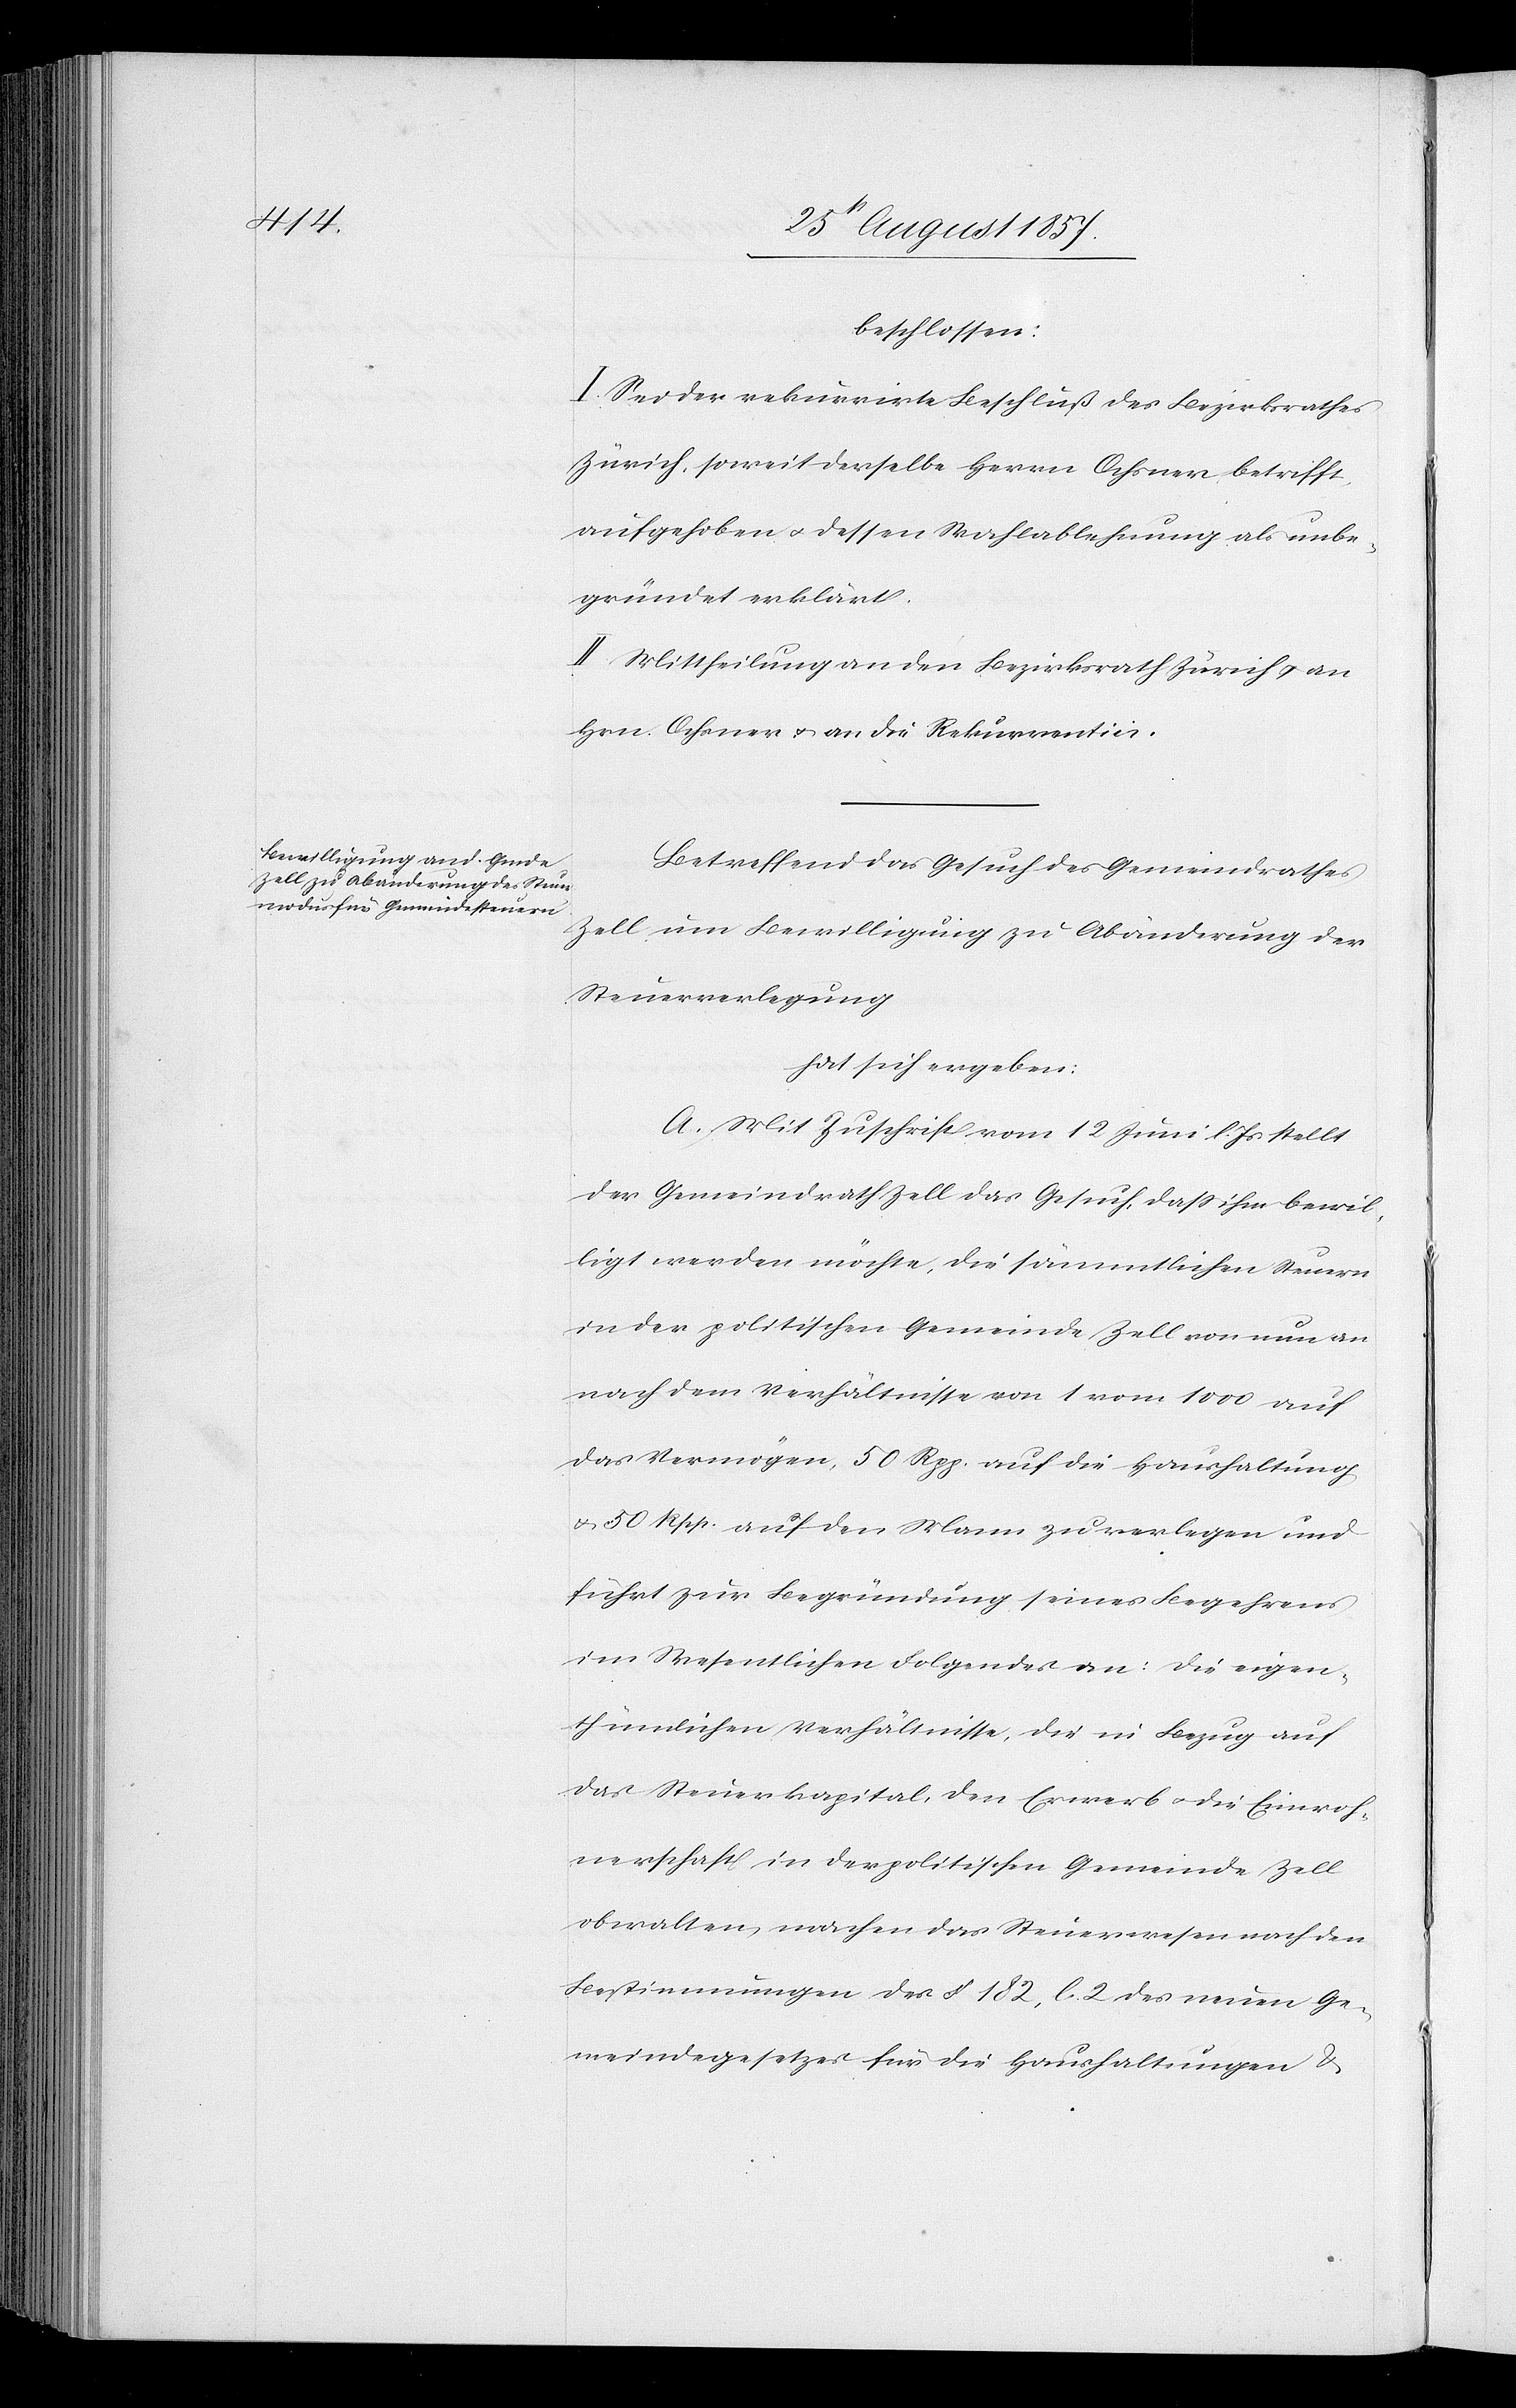
beschlossen:
I. Sei der rekurrirte Beschluß des Bezirksrathes
Zürich, soweit derselbe Herrn Ochsner betrifft,
aufgehoben & dessen Wahlablehnung als unbe¬
gründet erklärt.
II. Mittheilung an den Bezirksrath Zürich & an
Hrn Ochsner & an die Rekurrentin.
Betreffend das Gesuch des Gemeindrathes
Zell um Bewilligung zu Abänderung der
Steuerverlegung.
hat sich ergeben:
A. Mit Zuschrift vom 12 Juni l. Js. stellt
der Gemeindrath Zell das Gesuch, daß ihm bewil¬
ligt werden möchte, die sämmtlichen Steuern
in der politischen Gemeinde Zell von nun an
nach dem Verhältnisse von 1 vom 1000 auf
das Vermögen, 50 Rpp. auf die Haushaltung
& 50 Rpp. auf den Mann zu verlegen und
führt zur Begründung seines Begehrens
im Wesentlichen Folgendes an: die eigen¬
thümlichen Verhältnisse, die in Bezug auf
das Steuerkapital, den Erwerb & die Einwoh¬
nerzahl in der politischen Gemeinde Zell
obwalten, nachdem das Steuerwesen nach den
Bestimmungen des § 182, l. 2 des neuen Ge¬
meindegesetzes für die Haushaltungen &